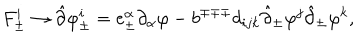
F _ { \pm } ^ { i } \rightarrow \hat { \partial } \varphi _ { \pm } ^ { i } = e _ { \pm } ^ { \alpha } \partial _ { \alpha } \varphi - b ^ { \mp \mp \mp } d _ { i j k } \hat { \partial } _ { \pm } \varphi ^ { j } \hat { \partial } _ { \pm } \varphi ^ { k } ,